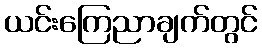
ယင်းကြေညာချက်တွင်